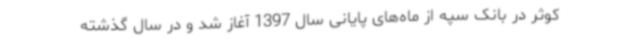
کوثر در بانک سپه از ماه‌های پایانی سال 1397 آغاز شد و در سال گذشته